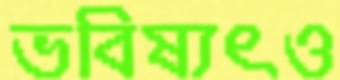
ভবিষ্যৎও